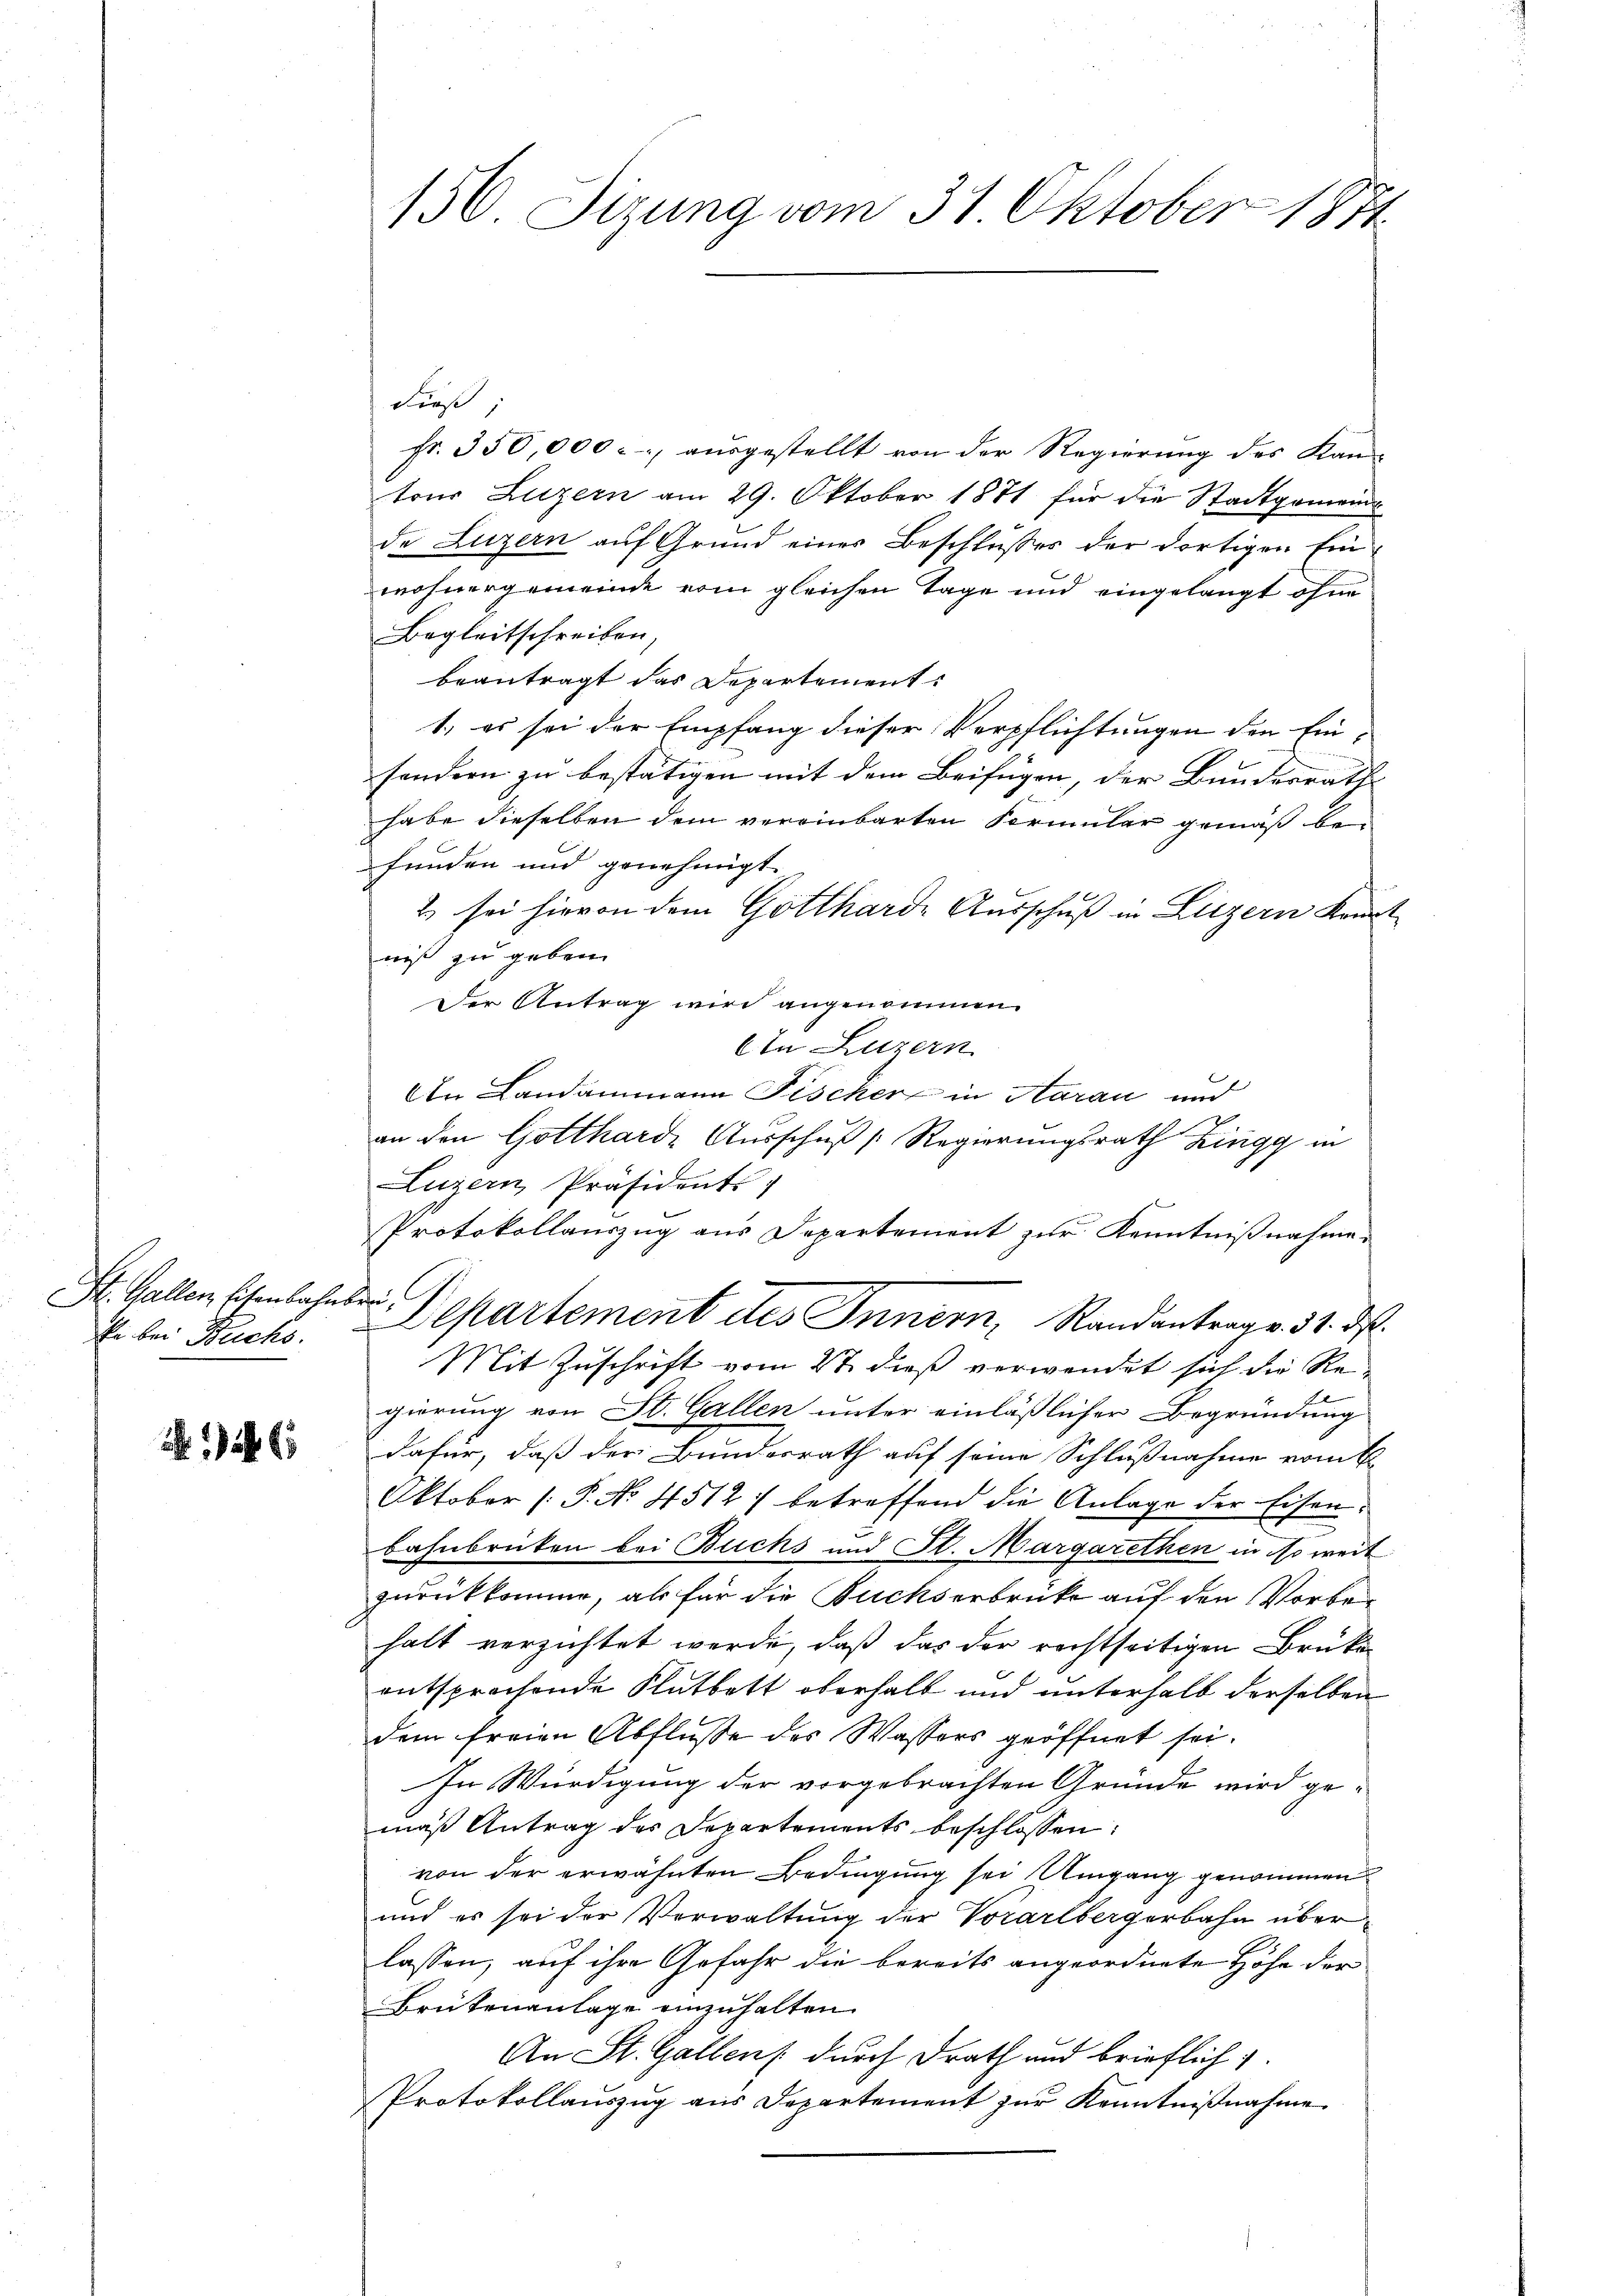
St. Gallen Eisenbahnbrü¬

446

Fieß,
fr. 350,000. ausgestellt von der Regierung des Kan-
tons Luzern am 29. Oktober 1871 für die Stadtgemein
de Luzern auf Grund einer Beschlusses der dortigen Einwohnergemeinde vom gleichen Tage und eingelangt ohne
Begleitschreiben,
beantragt das Departement
1.) es sei der Empfang dieser Verpflichtungen den Einsondern zu bestätigen mit dem Beifügen, der Bundesrath
habe dieselben dem vereinbarten Formular gemäß befunden und genehmigt.
2 sei hievon dem Gottharde Ausschuß in Liezern Kont
niß zu geben.
Der Antrag wird angenommen.
In Luzern
An Landammann Fischer in Harau und
an den Gottharde Ausschuß [Regierungsrath Zingg in
Luzern Präsidents
Protokollauszug aus Departement zur Kenntnißnahme.
Er bei Buchs. Departement des Innern, Randantrag v. 31. ds.
Mit Zuschrift vom 27. dieß verwendet sich die Re-
gierung von St. Gallen unter einläßlicher Begründung
dafür, daß der Bundesrath auf seine Schlußnahme vom 6.
Oktober [P. No 4512) betreffend die Anlage der Eisen.
bahnbrüten bei Buchs und St. Margarethen in so weit
zurückkomme, als für die Buchserbrücke auf den Vorbehalt verzichtet werde, daß das der rechtseitigen Brüke
entsprechende Flutbett oberhalt und unterhalb derselben
dem freien Abflusse des Wassers geöffnet sei.
In Würdigung der vorgebrachten Gründe wird gemaß Antrag des Departements beschlossen:
von der erwähnten Bedingung sei Umgang genommen
und es sei der Verwaltung der Vorarlbergerbahn überlassen, auf ihre Gefahr die bereits angeordnete Höhe der
Brutenanlage einzuhalten.
An St. Gallen durch Drath und brieflich
Protokollaŭszŭg aŭs Departement zŭr Kenntniβnahme

156. Sizung vom 31 Oktober 1871